Annual report on the working of the mental hospitals in the Madras Presidency - 1912-1932
Year: 1912
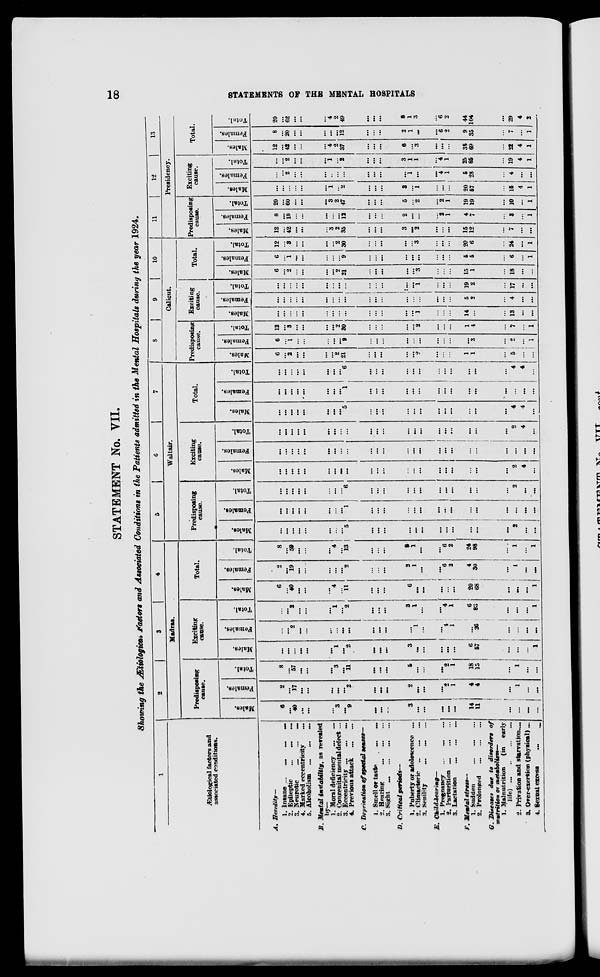
18
STATEMENTS OF THE MENTAL HOSPITALS
STATEMENT No. VII.
Showing the Ætiological Factors and Associated Conditions in the Patients admitted in the Mental Hospitals during the year 1924.
1
Ætiological factors and
associated conditions.
A. Heredity—
1. Insane
...
...
...
...
2. Epileptic ... ... ...
3. Neurotic ... ... ...
4. Marked eccentricity ...
5. Alcoholism ... ... ...
B. Mental instability,
as revealed
by—
1. Moral deficiency ... ...
2. Congenital mental defect ...
3. Eccentricity ... ... ...
4. Previous attack ... ...
C. Deprivation of special senses—
1. Smell or teste ... ...
2. Hearing ... ... ...
3. Sight ... ... ... ...
D. Critical
periods—
1. Puberty or adolescence ...
2. Climacteric ... ... ...
3. Senility ... ... ...
E.
Child-bearing—
1. Pregnancy
...
...
...
2. Parturition ... ... ...
3. Lactation ... ... ...
F. Mental stress—
1. Sudden ... ... ...
2. Prolonged ... ... ...
G. Diseases due to disorders of
nutrition or metabolism—
1. Malnutrition
(in early
life)
...
...
...
...
2. Privation and starvation ...
3. Over-exertion (physical) ...
4.Sexual excess
...
...
2
3
4
Madras.
Predisposing
cause.
Males.
6
...
40
...
...
...
3
...
9
...
...
...
3
...
...
...
...
...
14
11
...
...
...
...
Female.
2
...
17
...
...
...
...
...
2
...
...
...
2
...
...
...
2
1
4
4
...
1
...
...
Total.
8
...
57
...
...
...
3
...
11
...
...
...
5
...
...
...
2
1
18
15
...
1
...
...
Exciting
cause.
Males.
...
...
...
...
...
...
1
...
2
...
...
...
3
...
...
...
...
...
6
57
...
...
...
1
Females.
...
...
2
...
...
...
...
...
...
...
...
...
...
1
...
...
4
1
...
26
...
...
...
...
Total.
...
...
2
...
...
...
1
...
2
...
...
...
3
1
...
...
4
1
6
83
...
...
...
1
Total.
Males.
6
...
40
...
...
...
4
...
11
...
...
...
6
...
...
...
...
...
20
68
...
...
...
1
Females.
2
...
19
...
...
...
...
...
2
...
...
...
2
1
...
...
6
2
4
30
...
1
...
...
Total.
8
...
59
...
...
...
4
...
13
...
...
...
8
1
...
...
6
2
24
98
...
1
...
1
5
6
7
Waltair.
Predisposing
cause.
Males.
...
...
...
...
...
...
...
...
5
...
...
...
...
...
...
...
...
...
...
...
...
2
...
...
Females.
...
...
...
...
...
...
...
...
1
...
...
...
...
...
...
...
...
...
...
...
...
...
...
...
Total.
...
...
...
...
...
...
...
...
6
...
...
...
...
...
...
...
...
...
...
...
...
2
...
...
Exciting
cause.
Males.
...
...
...
...
...
...
...
...
...
...
...
...
...
...
...
...
...
...
...
...
...
2
4
...
Females.
...
...
...
...
...
...
...
...
...
...
...
...
...
...
...
...
...
...
...
...
...
...
...
...
Total.
...
...
...
...
...
...
...
...
...
...
...
...
...
...
...
...
...
...
...
...
...
2
4
...
Total.
Males.
...
...
...
...
...
...
...
...
5
...
...
...
...
...
...
...
...
...
...
...
...
4
4
...
Females.
...
...
...
...
...
...
...
...
1
...
...
...
...
...
...
...
...
...
...
...
...
...
...
...
Total.
...
...
...
...
...
...
...
...
6
...
...
...
...
...
...
...
...
...
...
...
...
4
4
...
8
9
10
Calicut.
Predisposing
cause.
Males.
6
...
2
...
...
...
...
2
21
...
...
...
...
...
2
...
...
...
1
1
...
5
...
...
Females.
6
...
1
...
...
...
...
...
9
...
...
...
...
...
...
...
...
...
...
3
...
2
...
1
Total.
12
...
3
...
...
...
...
2
30
...
...
...
...
...
2
...
...
...
1
4
...
7
...
1
Exciting
cause.
Males.
...
...
...
...
...
...
...
...
...
...
...
...
...
...
1
...
...
...
14
...
...
13
...
...
Females.
...
...
...
...
...
...
...
...
...
...
...
...
...
...
...
...
...
...
5
2
...
4
...
...
Total.
...
...
...
...
...
...
...
...
...
...
...
...
...
...
1
...
...
...
19
2
...
17
...
...
Total.
Males.
6
...
2
...
...
...
...
2
21
...
...
...
...
...
3
...
...
...
15
1
...
18
...
...
Females.
6
...
1
...
...
...
...
...
9
...
...
...
...
...
...
...
...
...
5
5
...
6
...
1
Total.
12
...
3
...
...
...
...
2
30
...
...
...
...
...
3
...
...
...
20
6
...
24
...
1
11
12
13
Presidency.
Predisposing
cause.
Males.
12
...
42
...
...
...
3
2
35
...
...
...
3
...
2
...
...
...
15
12
...
7
...
...
Females.
8
...
18
...
...
...
...
...
12
...
...
...
2
...
...
...
2
1
4
7
...
3
...
1
Total.
20
...
60
...
...
...
3
2
47
...
...
...
5
...
2
...
2
1
19
19
...
10
...
1
Exciting
cause.
Males.
...
...
...
...
...
...
1
...
2
...
...
...
3
...
1
...
...
...
20
57
...
15
4
1
Females.
...
...
2
...
...
...
...
...
...
...
...
...
...
1
...
...
4
1
5
28
...
4
...
...
Total.
...
...
2
...
...
...
1
...
2
...
...
...
3
1
1
...
4
1
25
85
...
19
4
1
Total.
Males.
12
...
42
...
...
...
4
...
37
...
...
...
6
...
3
...
...
...
35
69
...
22
4
1
Females.
8
...
20
...
...
...
...
...
12
...
...
...
2
1
...
...
6
2
9
35
...
7
...
1
Total.
20
...
62
...
...
...
4
2
49
...
...
...
8
1
3
...
6
2
44
104
...
29
4
2